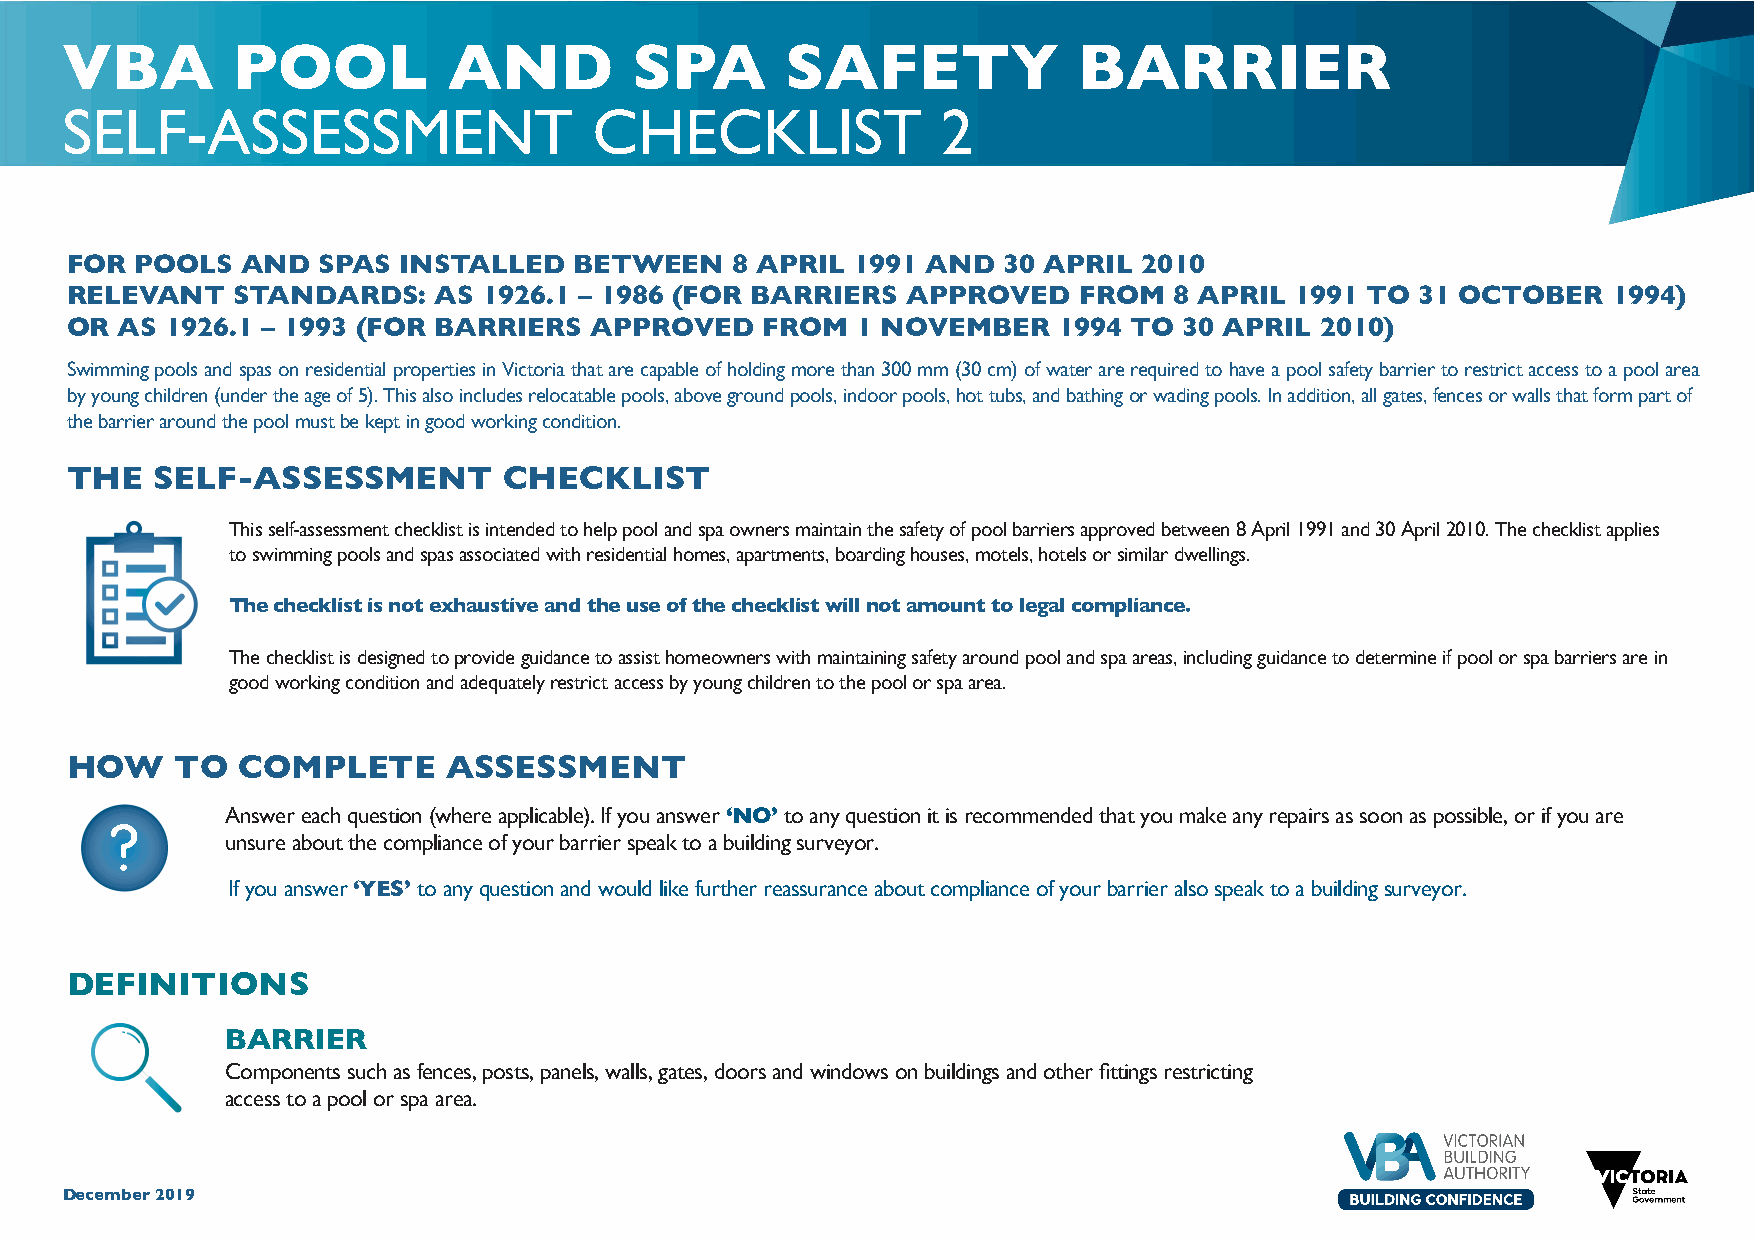
VVBBAA   P POOOLO    ALN  ADN  SPDA   SSPAAFE   TSYA BFAERTRYIER   B   ARRIER
 SSEELLFF--AASSSSEESSSSMMEENNTT   C CHHECEKCLKISLTI  S2T   2
 FOR  POOLS  AND  SPAS INSTALLED   BETWEEN   8 APRIL  1991 AND 30 APRIL  2010
 RELEVANT   STANDARDS:    AS 1926.1 – 1986 (FOR BARRIERS APPROVED   FROM   8 APRIL 1991 TO 31 OCTOBER   1994)
 OR  AS 1926.1 – 1993 (FOR BARRIERS APPROVED   FROM   1 NOVEMBER   1994 TO 30 APRIL 2010)
 Swimming pools and spas on residential properties in Victoria that are capable of holding more than 300 mm (30 cm) of water are required to have a pool safety barrier to restrict access to a pool area
 by young children (under the age of 5). This also includes relocatable pools, above ground pools, indoor pools, hot tubs, and bathing or wading pools. In addition, all gates, fences or walls that form part of
 the barrier around the pool must be kept in good working condition.
 THE   SELF-ASSESSMENT        CHECKLIST
 This self-assessment checklist is intended to help pool and spa owners maintain the safety of pool barriers approved between 8 April 1991 and 30 April 2010. The checklist applies
 to swimming pools and spas associated with residential homes, apartments, boarding houses, motels, hotels or similar dwellings.
 The checklist is not exhaustive and the use of the checklist will not amount to legal compliance.
 The checklist is designed to provide guidance to assist homeowners with maintaining safety around pool and spa areas, including guidance ot determine if pool or spa barriers are in
 good working condition and adequately restrict access by young children to the pool or spa area.
 HOW     TO  COMPLETE      ASSESSMENT
 Answer each question (where applicable). If you answer ‘NO’ to any question it is recommended tha ytou make any repairs as soon as possible, or if youa re
 ?
 unsure about the compliance of your barrier speak to a building surveyor.
 If you answer ‘YES’ to any question and would like further reassurance about compliance of your barrier also speak to a building surveyor.
 DEFINITIONS
 BARRIER
 Components such as fences, posts, panels, walls, gates, doors and windows on buildings and other fittings restricting
 access to a pool or spa area.
 December 2019